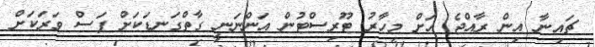
ޗައިނާ އިން ރާއްޖެ އަށް މިހާރު ޓޫރިސްޓުން އަންނަނީ ގާތްގަނޑަކަށް ފަސް ވަރަކަށް